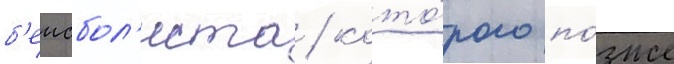
б'еисбол'иста / кото́рого по́зже